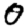
Digit: 0